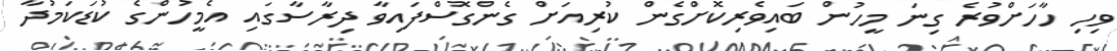
ވިހި ހާހަށްވުރެ ގިނަ މީހުން ބައިވެރިކޮށްގެން ކުރިއަށް ގެންގޮސްފައިވާ ދިރާސާގައި އެމީހުންގެ ކުޑަކަމުދާ